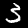
Label: 3